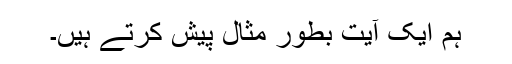
ہم ایک آیت بطور مثال پیش کرتے ہیں۔